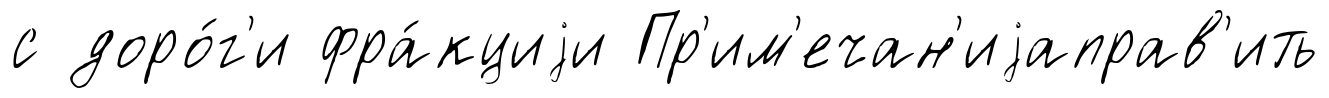
с доро́г'и фра́кциjи Пр'им'ечан'иjаправ'ить